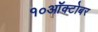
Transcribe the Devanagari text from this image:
१०ऑक्टोबर